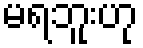
မရဘူးဟု